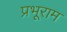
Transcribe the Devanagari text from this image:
प्रभूराम